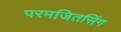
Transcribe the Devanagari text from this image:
परमजितसिंग